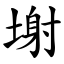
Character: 塮